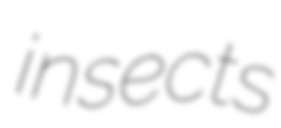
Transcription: insects